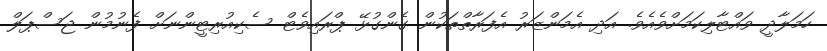
ހަމަލާދީ ވައްޓާލިކަމަށްވެއެވެ. އަދި އެމަންޒަރު އެފަރާތްތަކުން ގެންގުޅޭ ޕްރައިވެޓް ސެކިއުރިޓީންނަށް ފެނުމުން ޖަސްޕަލް